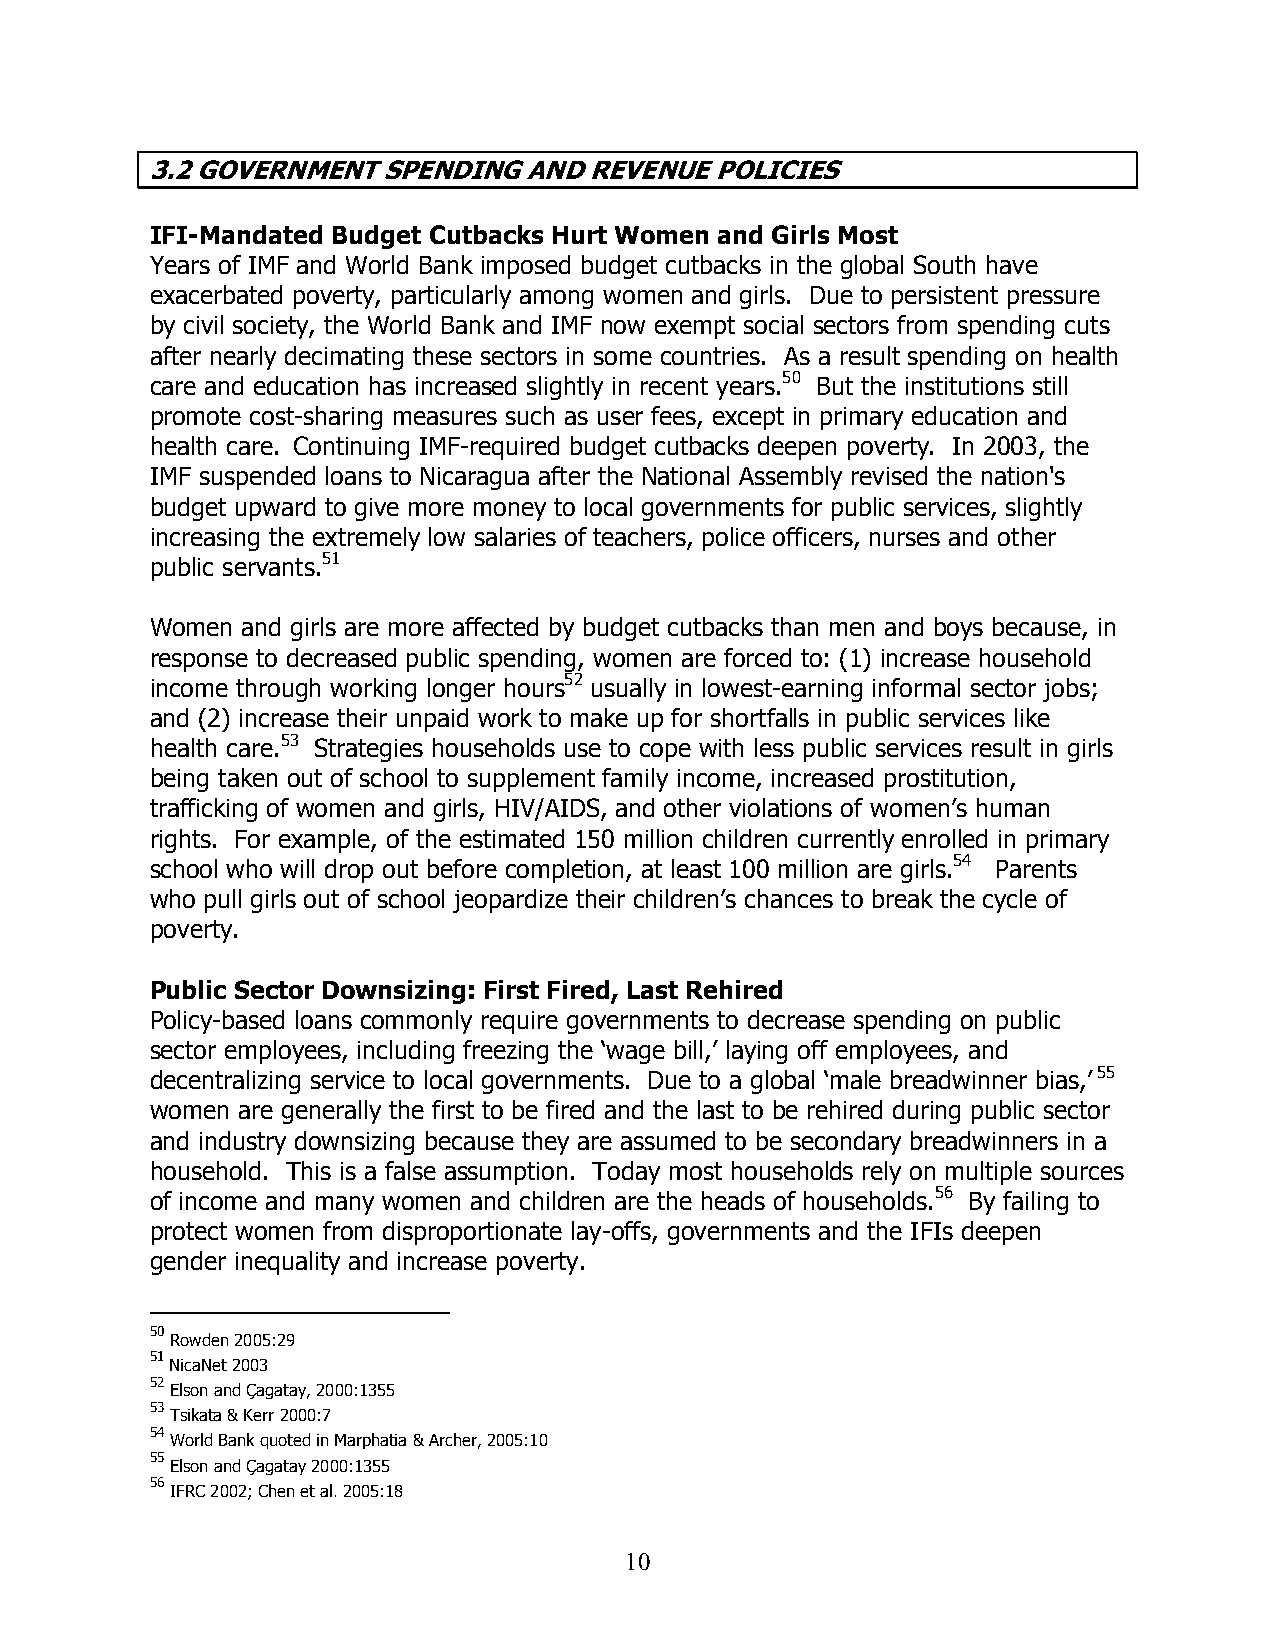
3.2 GOVERNMENT SPENDING  AND REVENUE POLICIES
 IFI-Mandated Budget Cutbacks Hurt Women and Girls Most
 Years of IMF and World Bank imposed budget cutbacks in the global South have
 exacerbated poverty, particularly among women and girls. Due to persistent pressure
 by civil society, the World Bank and IMF now exempt social sectors from spending cuts
 after nearly decimating these sectors in some countries. As a result spending on health
 care and education has increased slightly in recent years.50 But the institutions still
 promote cost-sharing measures such as user fees, except in primary education and
 health care. Continuing IMF-required budget cutbacks deepen poverty. In 2003, the
 IMF suspended loans to Nicaragua after the National Assembly revised the nation's
 budget upward to give more money to local governments for public services, slightly
 increasing the extremely low salaries of teachers, police officers, nurses and other
 public servants.51
 Women and girls are more affected by budget cutbacks than men and boys because, in
 response to decreased public spending, women are forced to: (1) increase household
 income through working longer hours52 usually in lowest-earning informal sector jobs;
 and (2) increase their unpaid work to make up for shortfalls in public services like
 health care.53 Strategies households use to cope with less public services result in girls
 being taken out of school to supplement family income, increased prostitution,
 trafficking of women and girls, HIV/AIDS, and other violations of women’s human
 rights. For example, of the estimated 150 million children currently enrolled in primary
 school who will drop out before completion, at least 100 million are girls.54 Parents
 who pull girls out of school jeopardize their children’s chances to break the cycle of
 poverty.
 Public Sector Downsizing: First Fired, Last Rehired
 Policy-based loans commonly require governments to decrease spending on public
 sector employees, including freezing the ‘wage bill,’ laying off employees, and
 decentralizing service to local governments. Due to a global ‘male breadwinner bias,’ 55
 women are generally the first to be fired and the last to be rehired during public sector
 and industry downsizing because they are assumed to be secondary breadwinners in a
 household. This is a false assumption. Today most households rely on multiple sources
 of income and many women and children are the heads of households.56 By failing to
 protect women from disproportionate lay-offs, governments and the IFIs deepen
 gender inequality and increase poverty.
 50
 Rowden 2005:29
 51
 NicaNet 2003
 52
 Elson and Çagatay, 2000:1355
 53
 Tsikata & Kerr 2000:7
 54
 World Bank quoted in Marphatia & Archer, 2005:10
 55
 Elson and Çagatay 2000:1355
 56
 IFRC 2002; Chen et al. 2005:18
 1 0